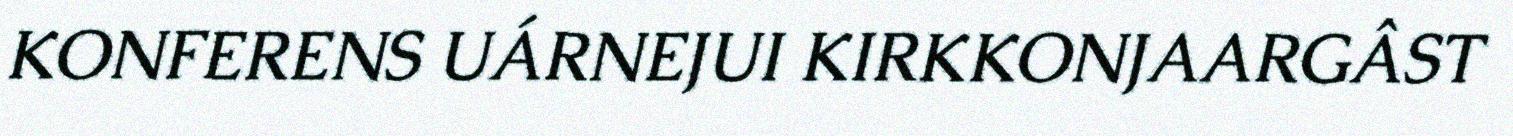
KONFERENS UÁRNEJUI KIRKKONJAARGÂST